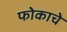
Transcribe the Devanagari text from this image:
फोकाचे